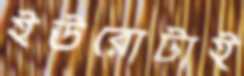
ইউরোটাই